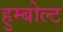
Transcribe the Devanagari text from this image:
हुम्बोल्ट